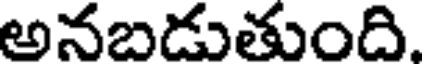
అనబడుతుంది.